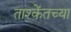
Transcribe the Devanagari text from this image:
ताश्केंतच्या